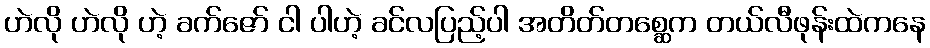
ဟဲလို ဟဲလို ဟဲ့ ခက်ဇော် ငါ ပါဟဲ့ ခင်လပြည့်ပါ အတိတ်တစ္ဆေက တယ်လီဖုန်းထဲကနေ